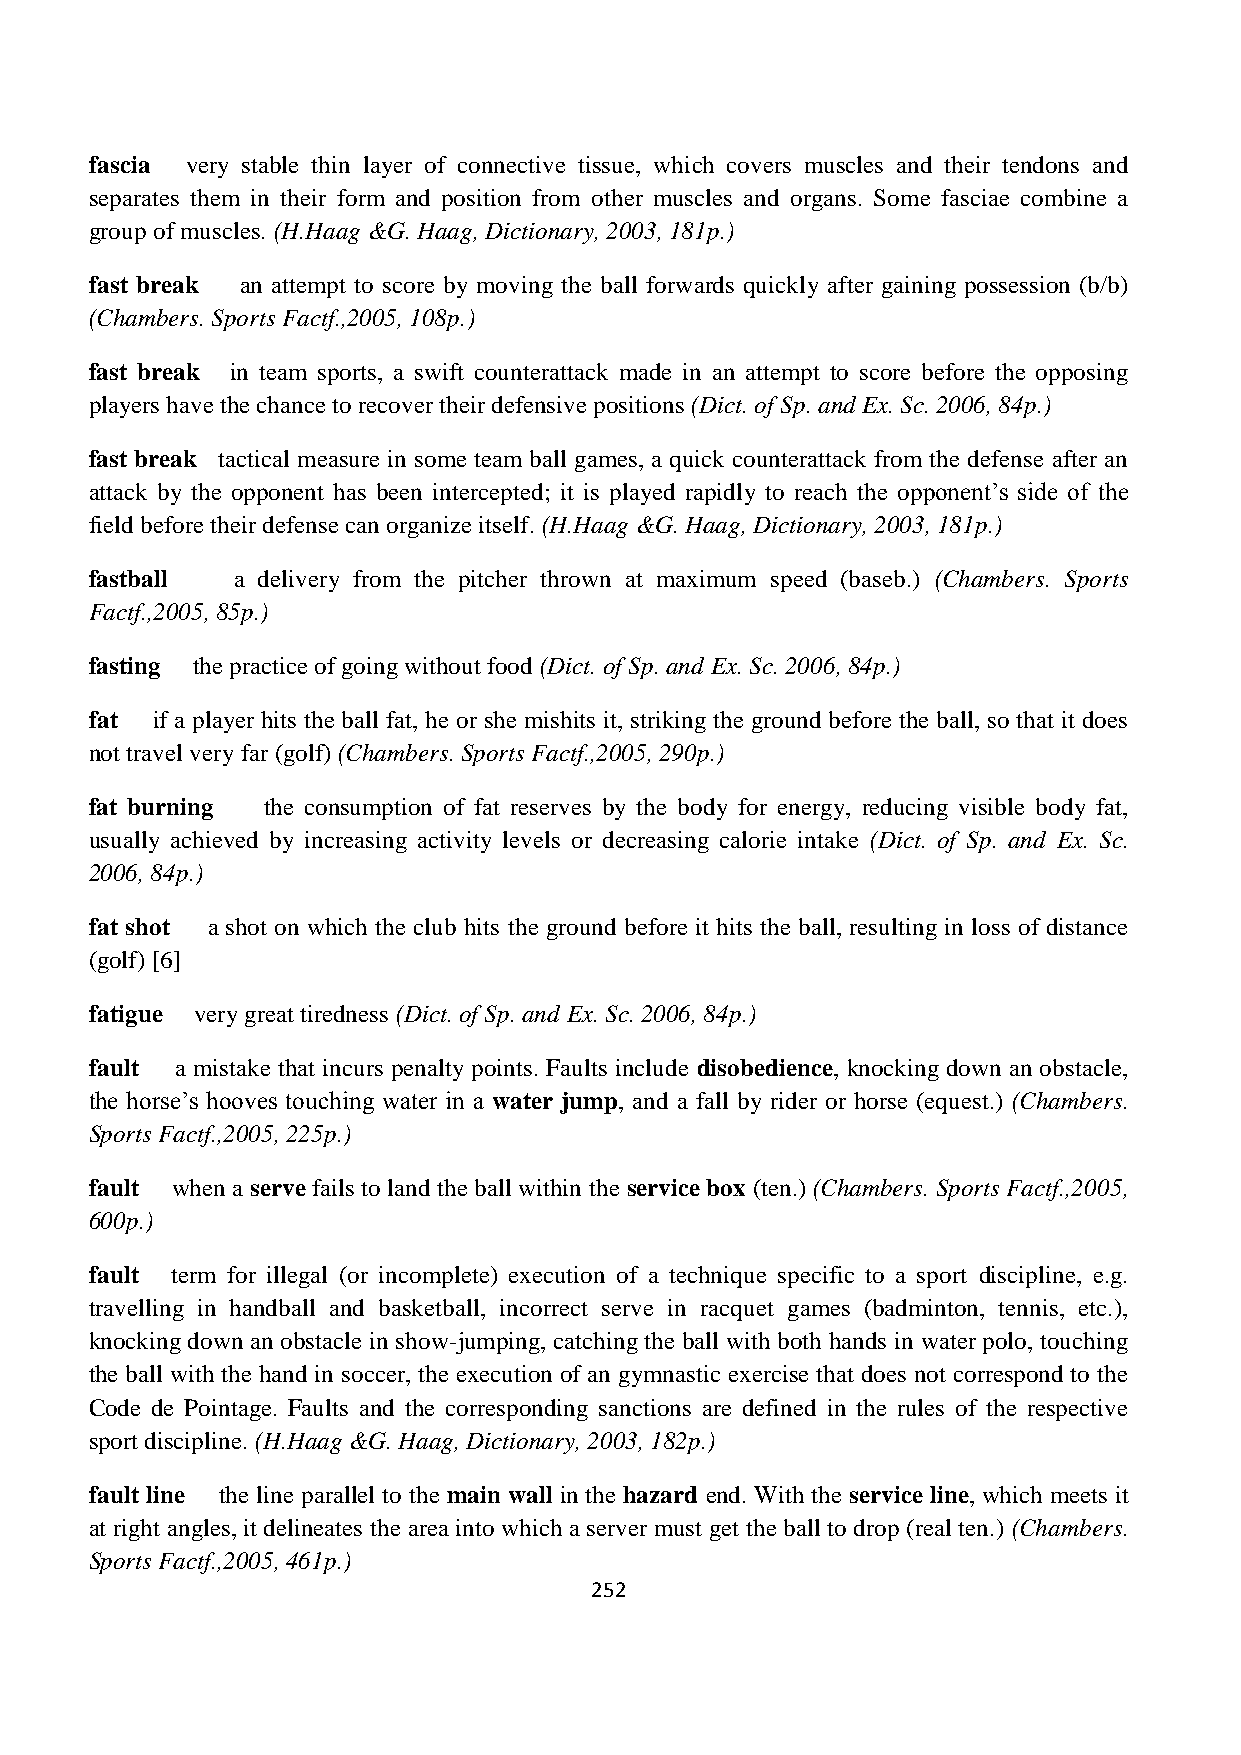
fascia very stable thin layer of connective tissue, which covers muscles and their tendons and
 separates them in their form and position from other muscles and organs. Some fasciae combine a
 group of muscles. (H.Haag &G. Haag, Dictionary, 2003, 181p.)
 fast break an attempt to score by moving the ball forwards quickly after gaining possession (b/b)
 (Chambers. Sports Factf.,2005, 108p.)
 fast break in team sports, a swift counterattack made in an attempt to score before the opposing
 players have the chance to recover their defensive positions (Dict. of Sp. and Ex. Sc. 2006, 84p.)
 fast break tactical measure in some team ball games, a quick counterattack from the defense after an
 attack by the opponent has been intercepted; it is played rapidly to reach the opponent‟s side of the
 field before their defense can organize itself. (H.Haag &G. Haag, Dictionary, 2003, 181p.)
 fastball a delivery from the pitcher thrown at maximum speed (baseb.) (Chambers. Sports
 Factf.,2005, 85p.)
 fasting the practice of going without food (Dict. of Sp. and Ex. Sc. 2006, 84p.)
 fat if a player hits the ball fat, he or she mishits it, striking the ground before the ball, so that it does
 not travel very far (golf) (Chambers. Sports Factf.,2005, 290p.)
 fat burning the consumption of fat reserves by the body for energy, reducing visible body fat,
 usually achieved by increasing activity levels or decreasing calorie intake (Dict. of Sp. and Ex. Sc.
 2006, 84p.)
 fat shot a shot on which the club hits the ground before it hits the ball, resulting in loss of distance
 (golf) [6]
 fatigue very great tiredness (Dict. of Sp. and Ex. Sc. 2006, 84p.)
 fault a mistake that incurs penalty points. Faults include disobedience, knocking down an obstacle,
 the horse‟s hooves touching water in a water jump, and a fall by rider or horse (equest.) (Chambers.
 Sports Factf.,2005, 225p.)
 fault when a serve fails to land the ball within the service box (ten.) (Chambers. Sports Factf.,2005,
 600p.)
 fault term for illegal (or incomplete) execution of a technique specific to a sport discipline, e.g.
 travelling in handball and basketball, incorrect serve in racquet games (badminton, tennis, etc.),
 knocking down an obstacle in show-jumping, catching the ball with both hands in water polo, touching
 the ball with the hand in soccer, the execution of an gymnastic exercise that does not correspond to the
 Code de Pointage. Faults and the corresponding sanctions are defined in the rules of the respective
 sport discipline. (H.Haag &G. Haag, Dictionary, 2003, 182p.)
 fault line the line parallel to the main wall in the hazard end. With the service line, which meets it
 at right angles, it delineates the area into which a server must get the ball to drop (real ten.) (Chambers.
 Sports Factf.,2005, 461p.)
 252